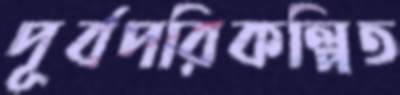
পূর্বপরিকল্পিত